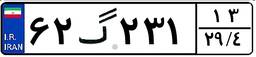
۵۶گ۷۴۴۸۶